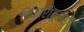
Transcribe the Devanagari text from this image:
चिंकारादूसरी